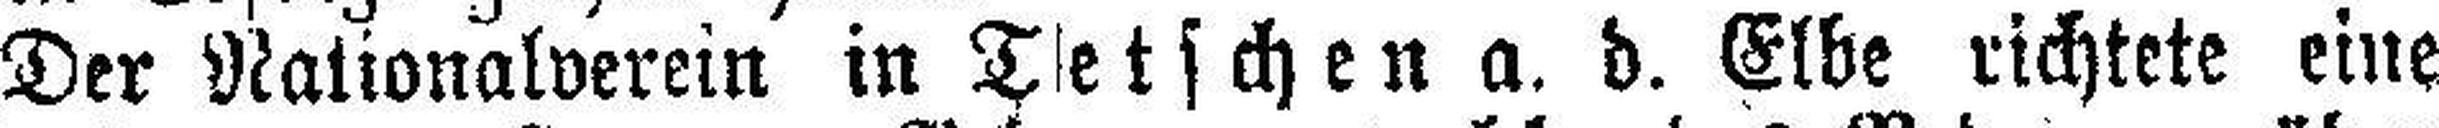
Der Nationalverein in Tatschen a. d. Elbe richtete eine